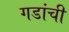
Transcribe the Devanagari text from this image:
गडांची